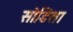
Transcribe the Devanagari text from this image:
सोडिता